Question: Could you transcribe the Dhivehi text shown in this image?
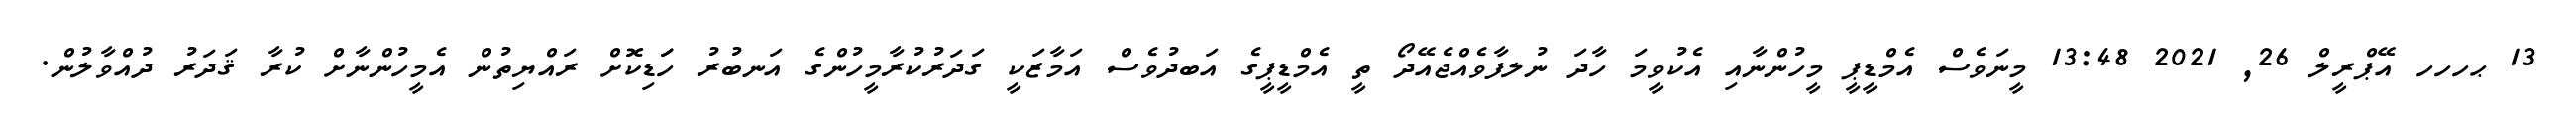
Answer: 13 ޙހހހ އޭޕްރީލް 26, 2021 13:48 މީނަވެސް އެމްޑީޕީ މީހުންނާއި އެކުވީމަ ހާދަ ނުލފާވެއްޖެއޭދޯ ތީ އެމްޑީޕީގެ އަބދުވެސް އަމާޒަކީ ގަދަރުކުރާމީހުންގެ އަނބުރު ހަަޑިކޮށް ރައްޔިތުން އެމީހުންނާށް ކުރާ ޤަދަރު ދުއްވާލުން.